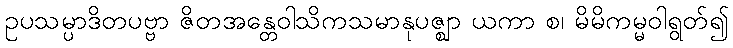
ဥပသမ္ပာဒိတပဗ္ဗာ ဇိတအန္တေဝါသိကသမာနုပဇ္ဈာ ယကာ စ၊ မိမိကမ္မဝါရွတ်၍